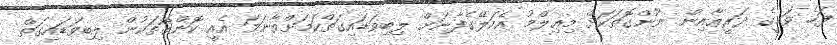
ފަހެ ވަޙީގެ ޛަރީޢާއިން ނޫންގޮތަކަށް މިޢިލްމު އެކަލޭގެފާނަށް ލިބިވަޑައިގަތްކަމަށްވާނަމަ އެއީ ކޮންގޮތަކުން ލިބިވަޑައިގަތް